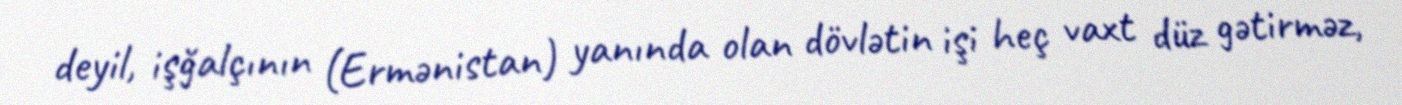
deyil, işğalçının (Ermənistan) yanında olan dövlətin işi heç vaxt düz gətirməz,